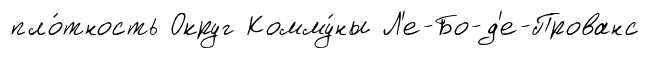
пло́тность Округ Комму́ны Л'е-Бо-д'е-Прованс